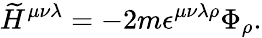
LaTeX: {\widetilde H}^{\mu\nu\lambda}=-2m\epsilon^{\mu\nu\lambda\rho}\Phi_{\rho}.